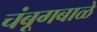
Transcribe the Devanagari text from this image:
चंबूगबाळे